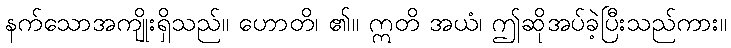
နက်သောအကျိုးရှိသည်။ ဟောတိ၊ ၏။ ဣတိ အယံ၊ ဤဆိုအပ်ခဲ့ပြီးသည်ကား။